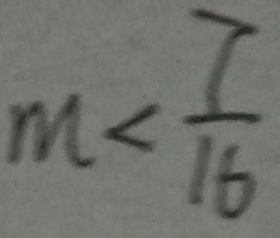
m < \frac { 7 } { 1 6 }